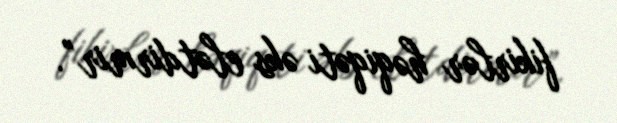
fikirlər həqiqəti əks elətdirmir”.